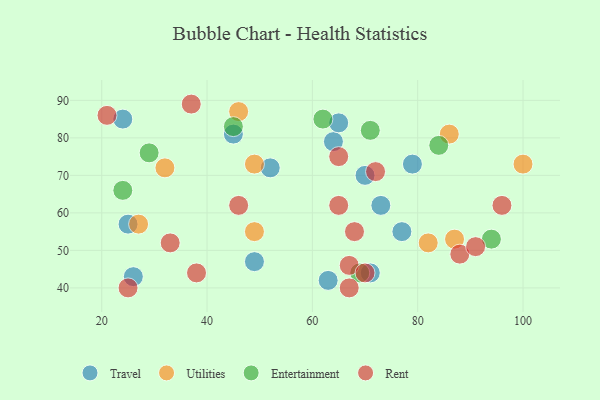
{"axis": {"x": "GDP", "y": "Life Expectancy"}, "legend": ["Entertainment", "Rent", "Travel", "Utilities"], "data": [{"x": "63", "y": 42, "type": "Travel"}, {"x": "52", "y": 72, "type": "Travel"}, {"x": "73", "y": 62, "type": "Travel"}, {"x": "25", "y": 57, "type": "Travel"}, {"x": "64", "y": 79, "type": "Travel"}, {"x": "26", "y": 43, "type": "Travel"}, {"x": "71", "y": 44, "type": "Travel"}, {"x": "77", "y": 55, "type": "Travel"}, {"x": "70", "y": 70, "type": "Travel"}, {"x": "45", "y": 81, "type": "Travel"}, {"x": "79", "y": 73, "type": "Travel"}, {"x": "24", "y": 85, "type": "Travel"}, {"x": "49", "y": 47, "type": "Travel"}, {"x": "65", "y": 84, "type": "Travel"}, {"x": "82", "y": 52, "type": "Utilities"}, {"x": "100", "y": 73, "type": "Utilities"}, {"x": "49", "y": 55, "type": "Utilities"}, {"x": "87", "y": 53, "type": "Utilities"}, {"x": "86", "y": 81, "type": "Utilities"}, {"x": "46", "y": 87, "type": "Utilities"}, {"x": "49", "y": 73, "type": "Utilities"}, {"x": "32", "y": 72, "type": "Utilities"}, {"x": "27", "y": 57, "type": "Utilities"}, {"x": "29", "y": 76, "type": "Entertainment"}, {"x": "24", "y": 66, "type": "Entertainment"}, {"x": "94", "y": 53, "type": "Entertainment"}, {"x": "62", "y": 85, "type": "Entertainment"}, {"x": "69", "y": 44, "type": "Entertainment"}, {"x": "84", "y": 78, "type": "Entertainment"}, {"x": "45", "y": 83, "type": "Entertainment"}, {"x": "71", "y": 82, "type": "Entertainment"}, {"x": "88", "y": 49, "type": "Rent"}, {"x": "68", "y": 55, "type": "Rent"}, {"x": "72", "y": 71, "type": "Rent"}, {"x": "21", "y": 86, "type": "Rent"}, {"x": "25", "y": 40, "type": "Rent"}, {"x": "65", "y": 62, "type": "Rent"}, {"x": "91", "y": 51, "type": "Rent"}, {"x": "38", "y": 44, "type": "Rent"}, {"x": "46", "y": 62, "type": "Rent"}, {"x": "33", "y": 52, "type": "Rent"}, {"x": "65", "y": 75, "type": "Rent"}, {"x": "67", "y": 46, "type": "Rent"}, {"x": "37", "y": 89, "type": "Rent"}, {"x": "70", "y": 44, "type": "Rent"}, {"x": "67", "y": 40, "type": "Rent"}, {"x": "96", "y": 62, "type": "Rent"}]}